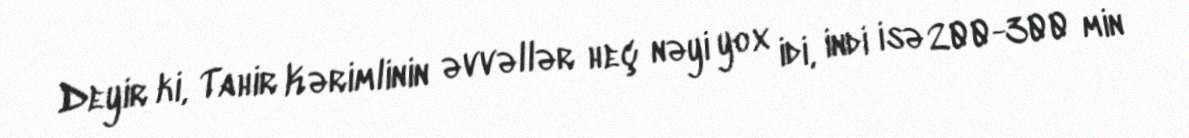
Deyir ki, Tahir Kərimlinin əvvəllər heç nəyi yox idi, indi isə 200-300 min